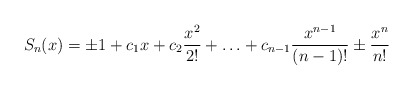
\begin{align*}S_n(x)=\pm 1+c_1x+c_2\frac{x^2}{2!}+\ldots +c_{n-1}\frac{x^{n-1}}{(n-1)!}\pm \frac{x^n}{n!}\end{align*}